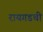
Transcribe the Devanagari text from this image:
रायगडची